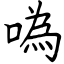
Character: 噅